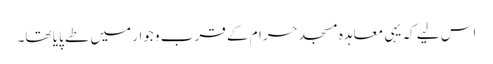
اس لیے کہ یہی معاہدہ مسجد حرام کے قرب و جوار میں طے پایا تھا۔